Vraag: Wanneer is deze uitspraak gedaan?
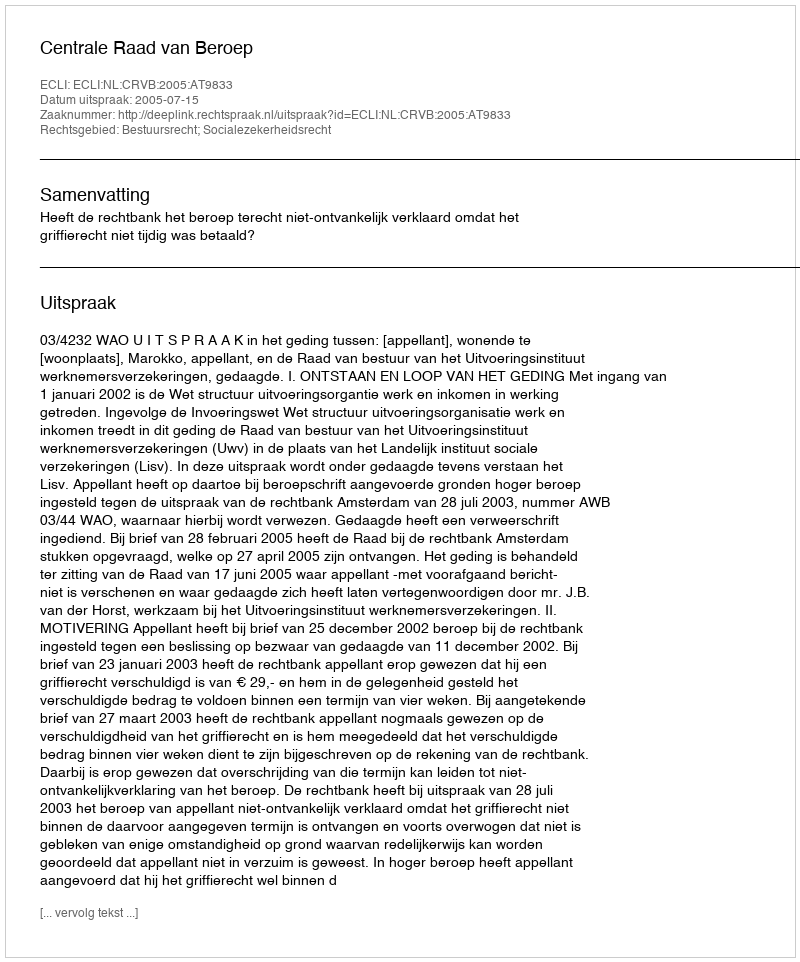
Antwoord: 2005-07-15